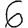
Digit: 6